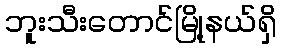
ဘူးသီးတောင်မြို့နယ်ရှိ